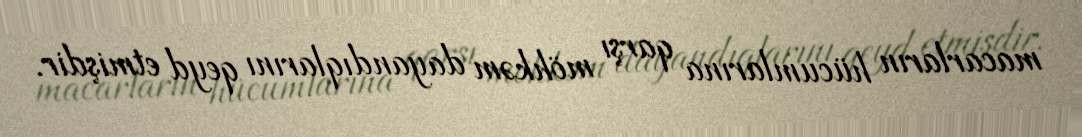
macarların hücumlarına qarşı möhkəm dayandıqlarını qeyd etmişdir.